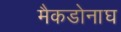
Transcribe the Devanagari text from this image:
मैकडोनाघ